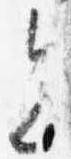
会